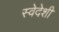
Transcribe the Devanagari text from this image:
स्वेदेशी